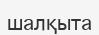
шалқыта